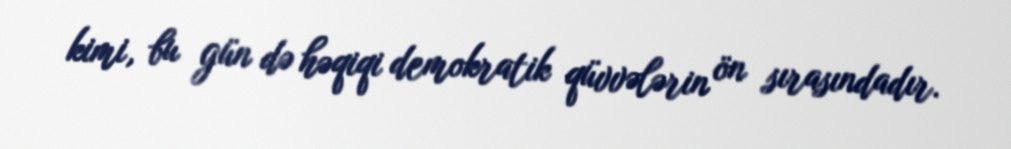
kimi, bu gün də həqiqi demokratik qüvvələrin ön sırasındadır.